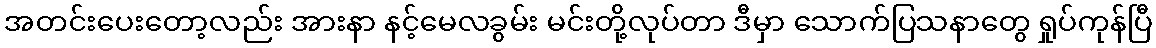
အတင်းပေးတော့လည်း အားနာ နင့်မေလခွမ်း မင်းတို့လုပ်တာ ဒီမှာ သောက်ပြသနာတွေ ရှုပ်ကုန်ပြီ